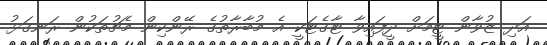
އަދި ޒުވާން ޓީމަށް ދީފައިވާ ޓާގެޓަކީ އެ މުބާރާތުގެ ރޭންކިން މެޗުތަކުން ރަނގަޅު